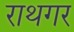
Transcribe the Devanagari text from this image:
राथगर